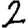
Digit: 2